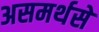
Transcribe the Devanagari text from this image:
असमर्थसे